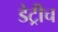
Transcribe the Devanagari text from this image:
डेट्रीच